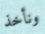
ونأخذ